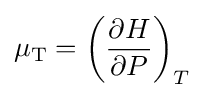
\mu _{\mathrm {T} }=\left({\frac {\partial H}{\partial P}}\right)_{T}